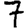
Digit: 7